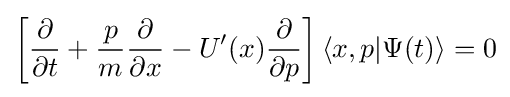
\left[{\frac {\partial }{\partial t}}+{\frac {p}{m}}{\frac {\partial }{\partial x}}-U'(x){\frac {\partial }{\partial p}}\right]\langle x,p|\Psi (t)\rangle =0